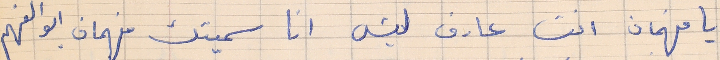
يا فهمان انت عارف ليش انا سميتك فهمان ابو الفهم